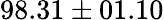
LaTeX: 98.31\pm 01.10